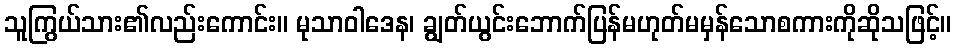
သူကြွယ်သား၏လည်းကောင်း။ မုသာဝါဒေန၊ ချွတ်ယွင်းဘောက်ပြန်မဟုတ်မမှန်သောစကားကိုဆိုသဖြင့်။